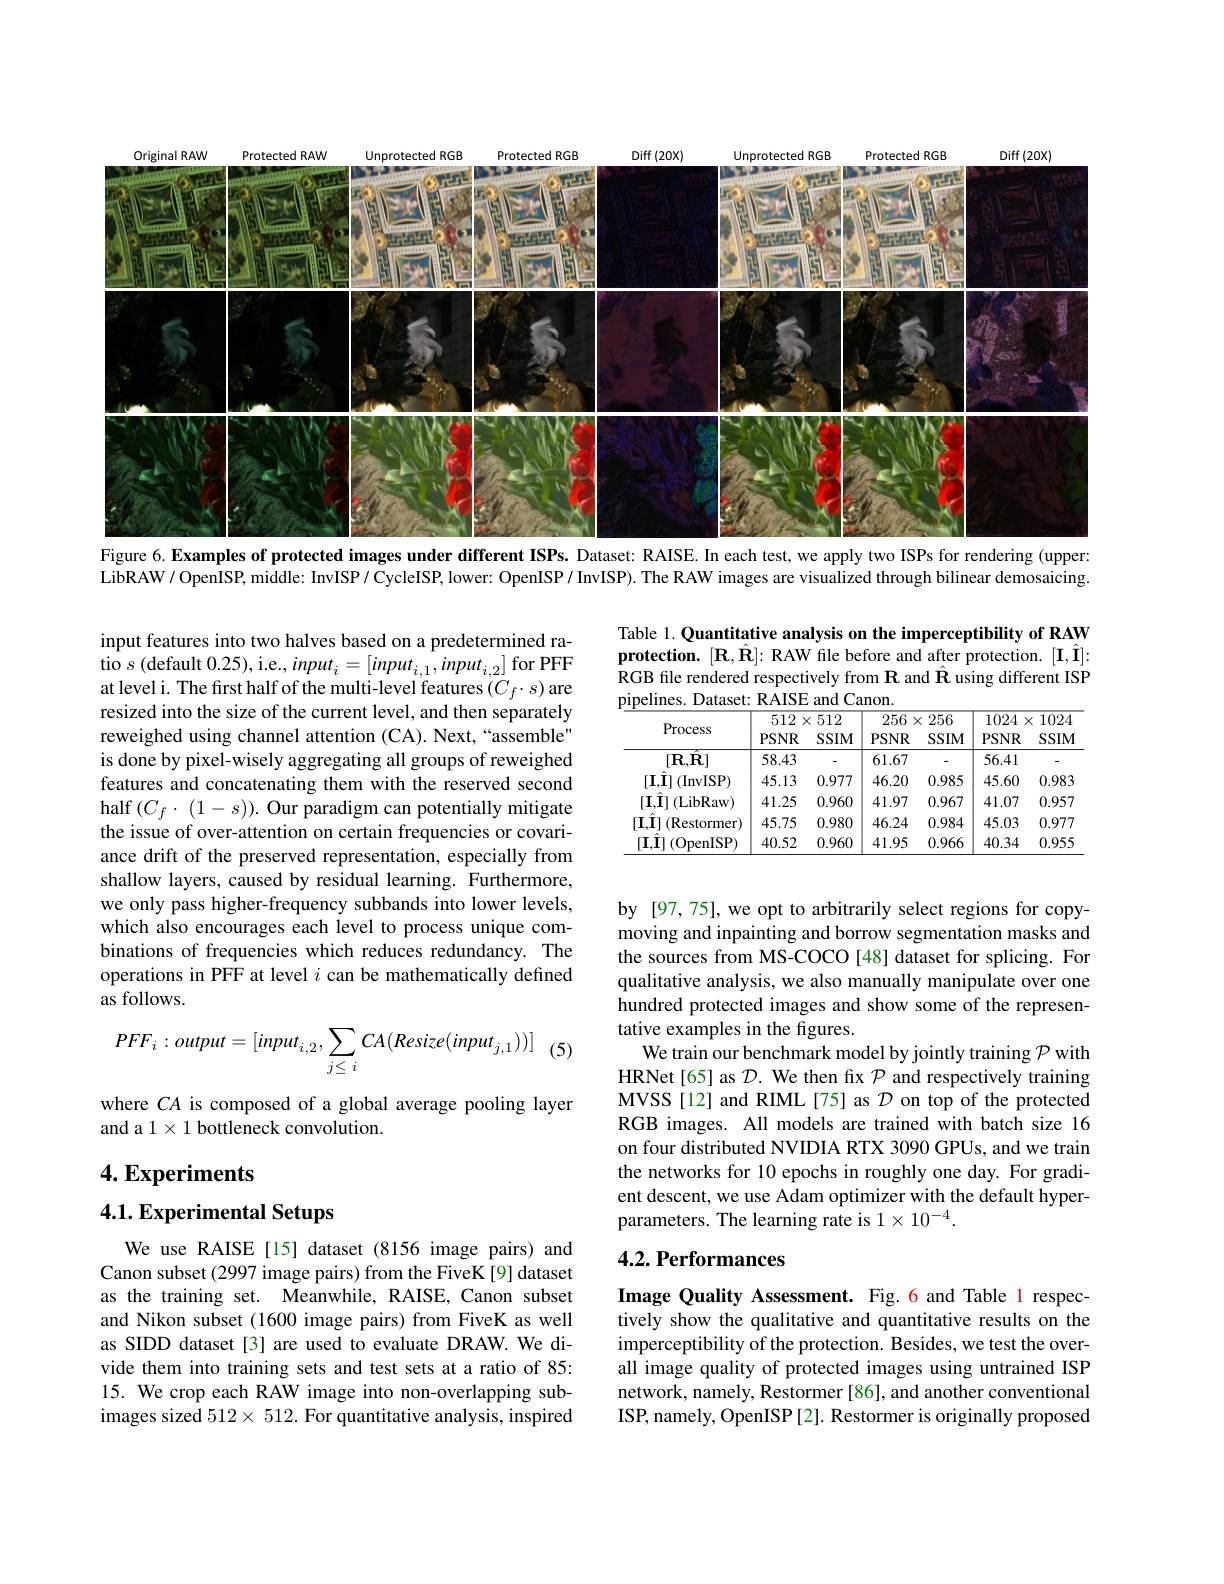
<FigureHere>
Figure 6. Examples of protected images under different ISPs. Dataset: RAISE. In each test, we apply two ISPs for rendering (upper:

LibRAW/ OpenISP, middle: InvISP/ CycleISP, lower: OpenISP/ InvISP). The RAW images are visualized through bilinear demosaicing.

Table 1. Quantitative analysis on the imperceptibility of RAW protection. $[\mathbf{R},\hat{\mathbf{R}}]:$ RAW file before and after protection. $[\mathbf{I},\hat{\mathbf{I}}]:$ RGB file rendered respectively from $\mathbf{R}$ and $\hat{\mathbf{R}}$ using different ISP pipelines. Dataset: RAISE and Canon

<table>
	<tbody>
		<tr>
			<th rowspan="3">Process</th>
			<th>512</th>
			<th>$\times512$</th>
			<th>256</th>
			<th>256 $X^{\prime}$</th>
			<th>1024</th>
			<th>1024 $x$</th>
		</tr>
		<tr>
			<th>512 $PSNR$</th>
			<th>$\times512$ $SSIM$</th>
			<th>256 $PSNR$</th>
			<th>256 $X$ $SSIM$</th>
			<th>1024 $PSNR$</th>
			<th>1024 $X$ $SSIM$</th>
		</tr>
		<tr>
			<th>PSNR</th>
			<th>$SSIM$</th>
			<th>PSNR</th>
			<th>$SSIM$</th>
			<th>PSNR</th>
			<th>$SSIM$</th>
		</tr>
		<tr>
			<td>$[\mathbf{R},\mathbf{R}]$</td>
			<td>58.43</td>
			<td>-</td>
			<td>61.67</td>
			<td>-</td>
			<td>56.41</td>
			<td>-</td>
		</tr>
		<tr>
			<td>$[\mathbf{I},\hat{\mathbf{I}}]$ (InvISP)</td>
			<td>45.13</td>
			<td>0.977</td>
			<td>46.20</td>
			<td>0.985</td>
			<td>45.60</td>
			<td>0.983</td>
		</tr>
		<tr>
			<td>$[\mathbf{I},\hat{\mathbf{I}}]$ (LibRaw)</td>
			<td>41.25</td>
			<td>0.960</td>
			<td>41.97</td>
			<td>0.967</td>
			<td>41.07</td>
			<td>0.957</td>
		</tr>
		<tr>
			<td>$[\mathbf{I},\hat{\mathbf{I}}]$ (Restormer)</td>
			<td>45.75</td>
			<td>0.980</td>
			<td>46.24</td>
			<td>0.984</td>
			<td>45.03</td>
			<td>0.977</td>
		</tr>
		<tr>
			<td>$[\mathbf{I},\mathbf{I}]$ (OpenISP)</td>
			<td>40.52</td>
			<td>0.960</td>
			<td>41.95</td>
			<td>0.966</td>
			<td>40.34</td>
			<td>0.955</td>
		</tr>
	</tbody>
</table>

input features into two halves based on a predetermined ratio $s$ (default 0.25),i.e., inpu$t_i=[input_{i,1},input_{i,2}]$ for PFF at level i. The first half of the multi-level features $(C_f\cdot s)$ are resized into the size of the current level, and then separately reweighed using channel attention (CA). Next,“assemble" is done by pixel-wisely aggregating all groups of reweighed features and concatenating them with the reserved second half $(C_{f}\cdot(1-s)).$ Our paradigm can potentially mitigate the issue of over-attention on certain frequencies or covariance drift of the preserved representation, especially from shallow layers, caused by residual learning. Furthermore, we only pass higher-frequency subbands into lower levels, which also encourages each level to process unique combinations of frequencies which reduces redundancy. The operations in PFF at level $i$ can be mathematically defined as follows.

(5)
$$PFF_i:output=[input_{i,2},\sum_{j\leq\:i}CA(Resize(input_{j,1}))]$$
by [97,75], we opt to arbitrarily select regions for copymoving and inpainting and borrow segmentation masks and the sources from MS-COCO [48] dataset for splicing. For qualitative analysis, we also manually manipulate over one hundred protected images and show some of the representative examples in the figures.
We train our benchmark model by jointly training $\mathcal{P}$ with HRNet[65] as $\mathcal{D}.$ We then fx $\mathcal{P}$ and respectively training MVSS[12] and RIML[75] as $\mathcal{D}$ on top of the protected RGB images. All models are trained with batch size 16 on four distributed NVIDIA RTX 3090 GPUs, and we train the networks for 10 epochs in roughly one day. For gradient descent, we use Adam optimizer with the default hyperparameters. The learning rate is $1\times10^{-4}.$

where $CA$ is composed of a global average pooling layer
and a $1\times1$ bottleneck convolution.

$4. \textbf{Experiments}$

4.1. Experimental Setups

## 4.2. Performances

We use RAISE [15] dataset (8156 image pairs) and Canon subset (2997 image pairs) from the FiveK[9] dataset as the training set. Meanwhile, RAISE, Canon subset and Nikon subset (1600 image pairs) from FiveK as well as SIDD dataset[3] are used to evaluate DRAW. We divide them into training sets and test sets at a ratio of 85: 15. We crop each RAW image into non-overlapping subimages sized $512\times512.$ For quantitative analysis, inspired

Image Quality Assessment. Fig. 6 and Table 1 respectively show the qualitative and quantitative results on the imperceptibility of the protection. Besides, we test the overall image quality of protected images using untrained ISP network, namely, Restormer [86], and another conventional ISP, namely, OpenISP[2]. Restormer is originally proposed